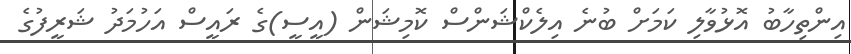
އިންތިހާބު އޮޅުވާލި ކަމަށް ބުނެ އިލެކްޝަންްސް ކޮމިޝަން (އީސީ)ގެ ރައީސް އަހުމަދު ޝަރީފުގެ